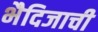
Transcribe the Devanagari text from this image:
भैदिजाची